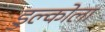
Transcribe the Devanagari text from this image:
डुल्कोला